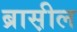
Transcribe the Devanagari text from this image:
ब्रास़ील